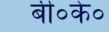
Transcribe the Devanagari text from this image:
बी०के०